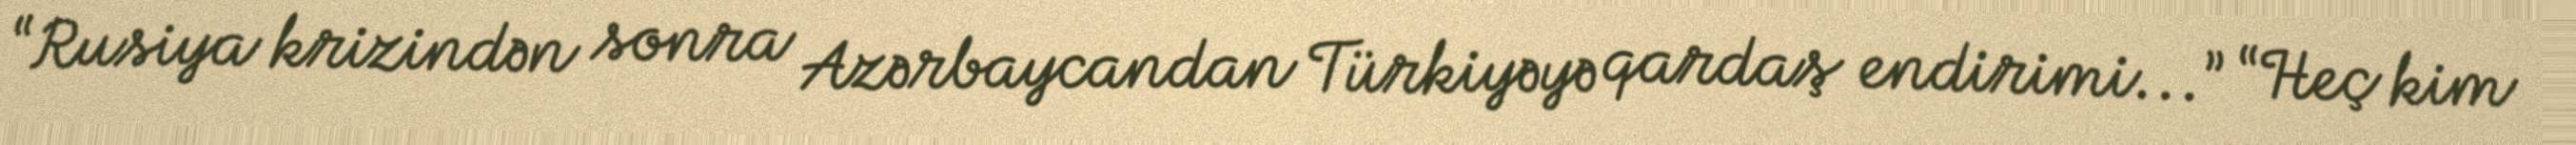
“Rusiya krizindən sonra Azərbaycandan Türkiyəyə qardaş endirimi...” “Heç kim